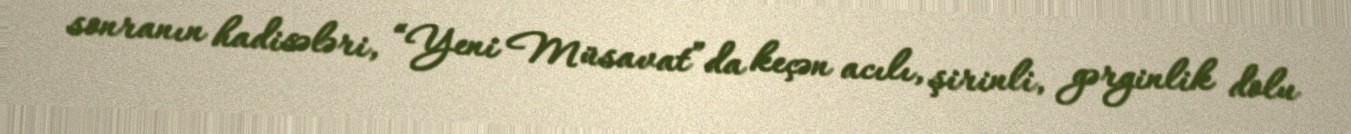
sonranın hadisələri, “Yeni Müsavat”da keçən acılı, şirinli, gərginlik dolu